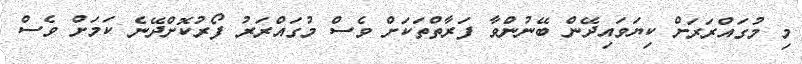
މި މުގައްރަރަށް ކިޔަވައިދޭން ބޭނުންވާ ފަރާތްތަކަށް ވެސް މުގައްރަރު ފޯރުކޮށްދޭނެ ކަމަށް ވެސް